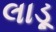
લાડૂ